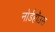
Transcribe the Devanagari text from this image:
नोर्डहॉउस